Calcutta medical institutions reports 1892-1900
Year: 1892
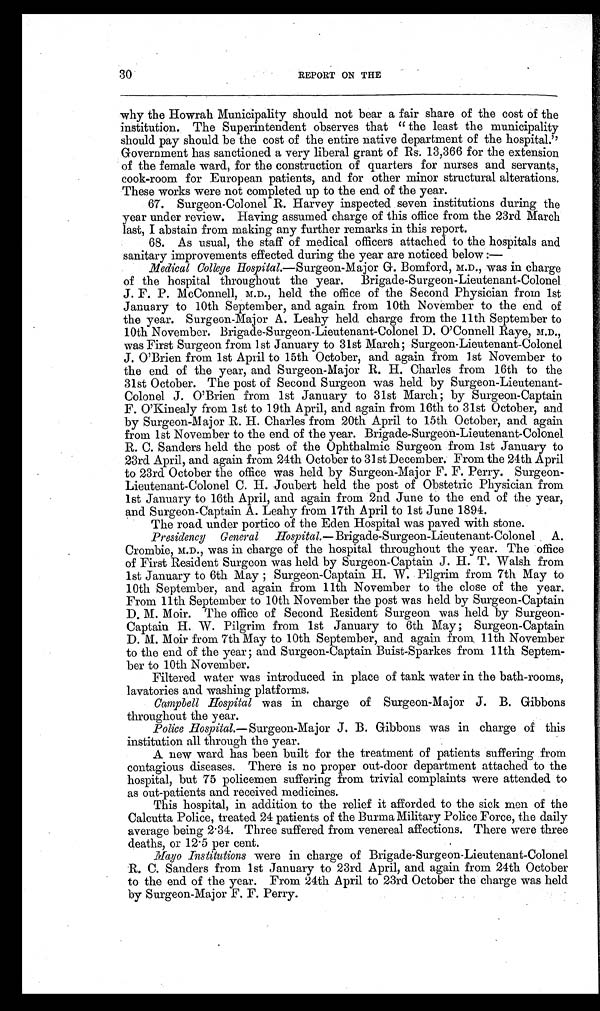
30
REPORT ON THE
why the Howrah Municipality should not bear a fair share of the cost of the
institution. The Superintendent observes that "the least the municipality
should pay should be the cost of the entire native department of the hospital."
Government has sanctioned a very liberal grant of Rs. 13,366 for the extension
of the female ward, for the construction of quarters for nurses and servants,
cook-room for European patients, and for other minor structural alterations.
These works were not completed up to the end of the year.
67. Surgeon-Colonel R. Harvey inspected seven institutions during the
year under review. Having assumed charge of this office from the 23rd March
last, I abstain from making any further remarks in this report.
68. As usual, the staff of medical officers attached to the hospitals and
sanitary improvements effected during the year are noticed below
:—
Medical College Hospital.— Surgeon-Major G. Bomford, M.D., was in charge
of the hospital throughout the year. Brigade-Surgeon-Lieutenant-Colonel
J. F. P. McConnell, M.D., held the office of the Second Physician from 1st
January to 10th September, and again from 10th November to the end of
the year. Surgeon-Major A. Leahy held, charge from the 11th September to
10th November. Brigade-Surgeon-Lieutenant-Colonel D. O'Connell Raye, M.D.,
was First Surgeon from 1st January to 31st March; Surgeon-Lieutenant-Colonel
J. O'Brien from 1st April to 15th October, and again from 1st November to
the end of the year, and Surgeon-Major R. H. Charles from 16th to the
31st October. The post of Second Surgeon was held by Surgeon-Lieutenan
t - C o l o n e l J . O ' B r i e n f r o m 1 s t J a n u a r y t o 3 1 s t M a r c h ; b y S u r g e o n - C a p t a i n
F. O'Kinealy from 1st to 19th April, and again from 16th to 31st October, and
by Surgeon-Major R. H. Charles from 20th April to 15th October, and again
from 1st November to the end of the year. Brigade-Surgeon-Lieutenant-Colonel
R. C. Sanders held the post of the Ophthalmic Surgeon from 1st January to
23rd April, and again from 24th October to 31st December. From the 24th April
to 23rd October the office was held by Surgeon-Major F. F. Perry. Surgeon
- L i e u t e n a n t - C o l o n e l C . H . J o u b e r t h e l d t h e p o s t o f O b s t e t r i c P h y s i c i a n f r o m
1st January to 16th April, and again from 2nd June to the end of the year,
and Surgeon-Captain A. Leahy from 17th April to 1st June 1894.
The road under portico of the Eden Hospital was paved with stone.
Presidency General Hospital.— Brigade-Surgeon-Lieutenant-Colonel A.
Crombie, M.D., was in charge of the hospital throughout the year. The office
of First Resident Surgeon was held by Surgeon-Captain J. H. T. Walsh from
1st January to 6th May; Surgeon-Captain H. W. Pilgrim from 7th May to
10th September, and again from 11th November to the close of the year.
From 11th September to 10th November the post was held by Surgeon-Captain
D. M. Moir. The office of Second Resident Surgeon was held by Surgeon-
Captain H. W. Pilgrim from 1st January to 6th May; Surgeon-Captain
D. M. Moir from 7th May to 10th September, and again from 11th November
to the end of the year; and Surgeon-Captain Buist-Sparkes from 11th Septem
-ber to 10th November.
Filtered water was introduced in place of tank water in the bath-rooms,
lavatories and washing platforms.
Campbell Hospital was in charge of Surgeon-Major J . B. Gibbons
throughout the year.
Police Hospital.—Surgeon-Major J. B. Gibbons was in charge of this
institution all through the year.
A new ward has been built for the treatment of patients suffering from
contagious diseases. There is no proper out-door department attached to the
hospital, but 75 policemen suffering from trivial complaints were attended to
as out-patients and received medicines.
This hospital, in addition to the relief it afforded to the sick men of the
Calcutta Police, treated 24 patients of the Burma Military Police Force, the daily
average being 2·34. Three suffered from venereal affections. There were three
deaths, or 12·5 per cent.
Mayo Institutions were in charge of Brigade-Surgeon-Lieutenant-Colonel
R. C. Sanders from 1st January to 23rd April, and again from 24th October
to the end of the year. From 24th April to 23rd October the charge was held
by Surgeon-Major F. F. Perry.